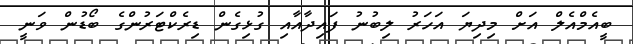
ބީއެމްއެލް އަށް މިދިޔަ އަހަރު ލިބުނު ފައިދާއާއި ގުޅިގެން ޑިރެކްޓަރުންގެ ބޯޑުން ވަނީ